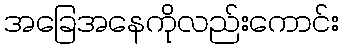
အခြေအနေကိုလည်းကောင်း